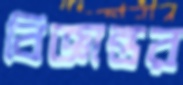
বিজ্ঞান্তর